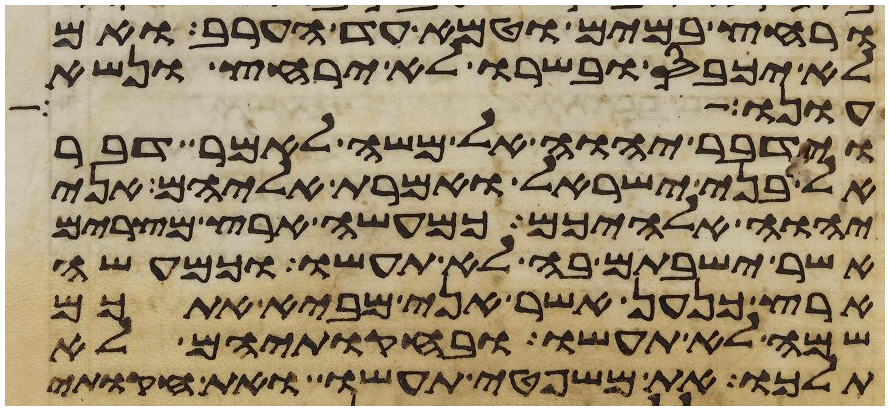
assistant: ורחץ במים וטמא עד הערב ואם
לא יכבס ובשרו לא ירחץ ונשא
עונו
וידבר יהוה אל משה לאמר דבר
אל בני ישראל ואמרת אליהם אני
יהוה אלהיכם כמעשה ארץ מצרים
אשר ישבתם בה לא תעשו וכמעשה
ארץ כנען אשר אני מביא אתכם
שמה לא תעשו ובחקתיהם לא
תלכו את משפטי תעשו ואת חקותי